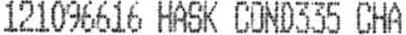
121096616 HASK COND335 CHA